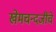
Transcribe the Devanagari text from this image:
खेमचन्दजींचे